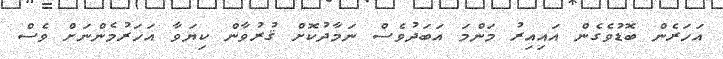
އަހަރެން ބޮޑުވެގެން އައިއިރު މަންމަ އަބަދުވެސް ނަމާދުކޮށް ޤުރުވާން ކިޔަވާ އަހަރުމެންނަށް ވެސް